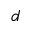
d